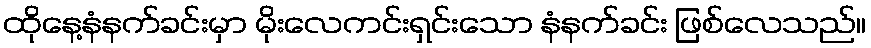
ထိုနေ့နံနက်ခင်းမှာ မိုးလေကင်းရှင်းသော နံနက်ခင်း ဖြစ်လေသည်။